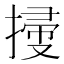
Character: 𢱥